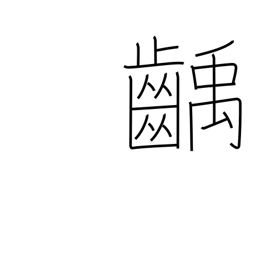
Meaning: decayed tooth